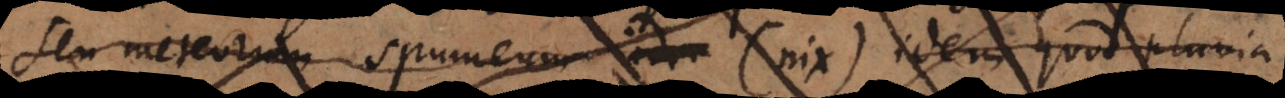
seu meteorum spumeum (nix) idem quod pluvia